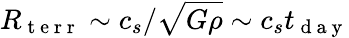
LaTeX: R_{\mathrm{~t~e~r~r~}}\sim c_{s}/\sqrt{G\rho}\sim c_{s}t_{\mathrm{~d~a~y~}}